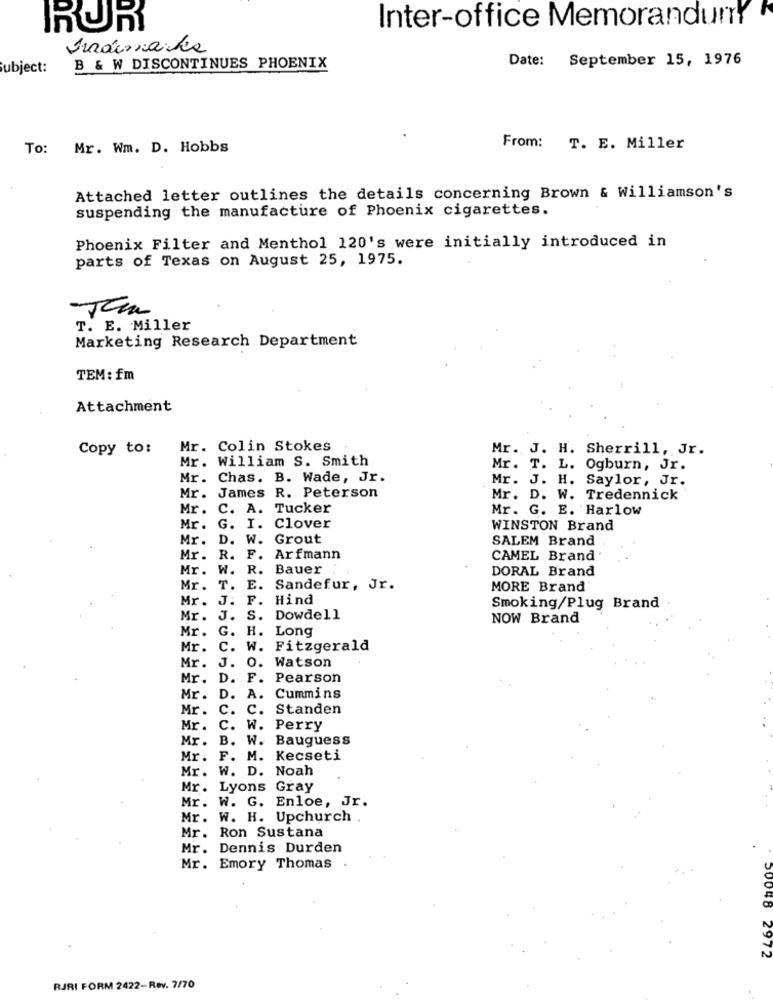
Inter-office Memoranduny
RUR
Date: September 15, 1976
Subject:
B & W DISCONTINUES PHOENIX
To: Mr. Wm. D. Hobbs
From: T. E. Miller
Attached letter outlines the details concerning Brown & Williamson's
suspending the manufacture of Phoenix cigarettes.
Phoenix Filter and Menthol 120's were initially introduced in
parts of Texas on August 25, 1975.
-Jam
T. E. Miller
Marketing Research Department
TEM: fm
Attachment
Copy to:
Mr. Colin Stokes
Mr. J. H. Sherrill, Jr.
Mr. William S. Smith
Mr. T. L. Ogburn, Jr.
Mr. Chas. B. Wade, Jr.
Mr. J. H. Saylor, Jr.
Mr. James R. Peterson
Mr. D. W. Tredennick
Mr.
C. A. Tucker
Mr. G. E. Harlow
Mr.
G. I. Clover
WINSTON Brand
Mr.
D. W. Grout
SALEM Brand
Mr.
R. F.
Arfmann
CAMEL Brand
Mr.
W. R. Bauer
DORAL Brand
Mr. T. E.
Sandefur, Jr.
MORE Brand
Mr. J. F. Hind
Smoking/Plug Brand
Mr. J. S. Dowdell
NOW Brand
Mr. G. H. Long
Mr. C. W. Fitzgerald
Mr. J. O. Watson
Mr. D. F. Pearson
Mr. D
A. Cummins
Mr. C. C. Standen
Mr .
C.
W. Perry
Mr. B. W. Bauguess
Mr. F. M. Kecseti
Mr. W. D. Noah
Mr. Lyons Gray
Mr. W. G. Enloe, Jr.
Mr. W. H. Upchurch .
Mr. Ron Sustana
Mr. Dennis Durden
Mr. Emory Thomas
50048 2972
RJRI FORM 2422-Rev. 7/70